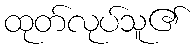
ထုတ်လုပ်သူ၏